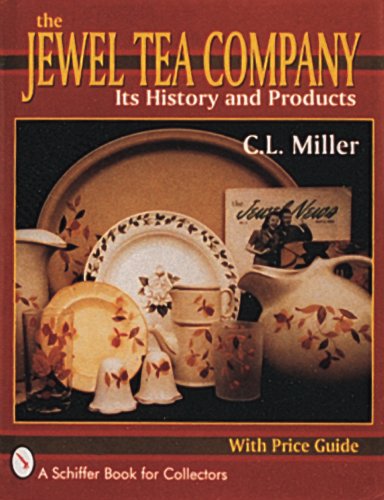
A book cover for The Jewel Tea Company: Its History and Products (A Schiffer Book for Collectors); C. L. Miller; Arts & Photography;